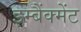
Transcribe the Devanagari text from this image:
इम्बैंक्मेंट